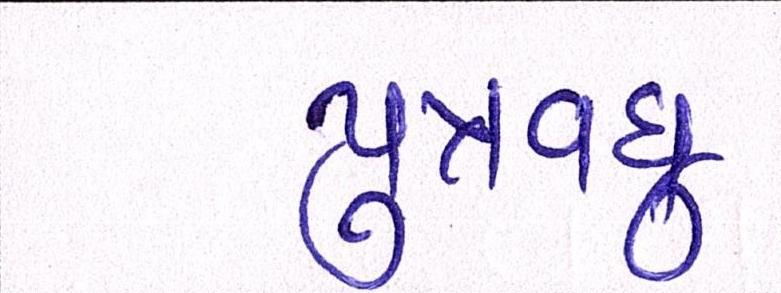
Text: પુત્રવધુ